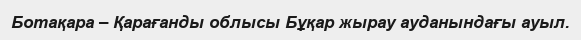
Ботақара – Қарағанды облысы Бұқар жырау ауданындағы ауыл.